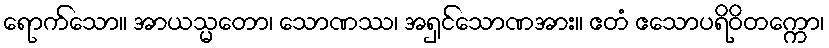
ရောက်သော။ အာယသ္မတော၊ သောဏဿ၊ အရှင်သောဏအား။ ဧတံ ဧသောပရိဝိတက္ကော၊